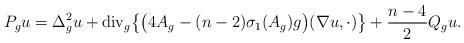
LaTeX: \begin{align*} P_g u = \Delta_g^2 u + \mbox{div}_g \big\{ \big( 4 A_g - (n-2) \sigma_1(A_g)g \big)(\nabla u, \cdot) \big\} + \frac{n-4}{2} Q_g u.\end{align*}